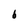
Character: b